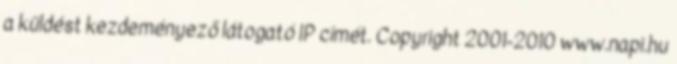
a küldést kezdeményező látogató IP címét. Copyright 2001-2010 www.napi.hu